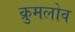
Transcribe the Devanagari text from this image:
क्रुमलोव